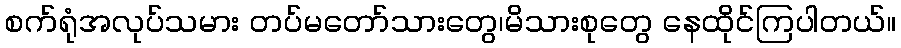
စက်ရုံအလုပ်သမား တပ်မတော်သားတွေ၊မိသားစုတွေ နေထိုင်ကြပါတယ်။